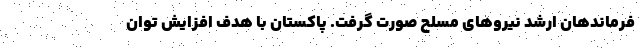
فرماندهان ارشد نیروهای مسلح صورت گرفت. پاکستان با هدف افزایش توان